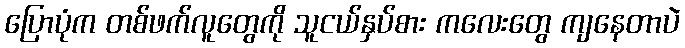
ပြောပုံက တစ်ဖက်လူတွေကို သူငယ်နှပ်စား ကလေးတွေ ကျနေတာပဲ